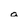
Character: a